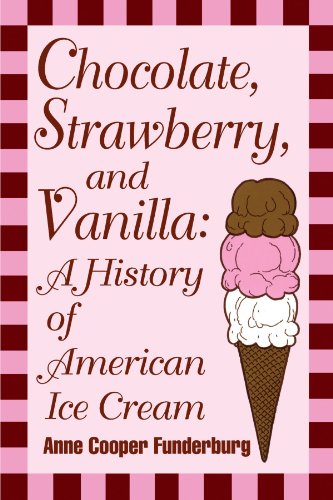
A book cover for Chocolate, Strawberry, and Vanilla: A History Of American Ice Cream; Anne Cooper Funderburg; Cookbooks, Food & Wine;